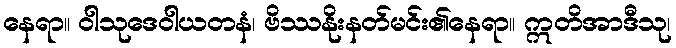
နေရာ။ ဝါသုဒေဝါယတနံ၊ ဗိဿနိုးနတ်မင်း၏နေရာ။ ဣတိအာဒီသု၊